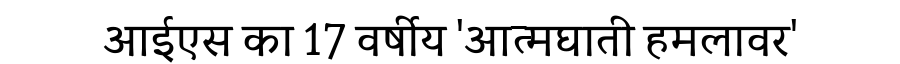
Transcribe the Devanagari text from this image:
आईएस का 17 वर्षीय 'आत्मघाती हमलावर'